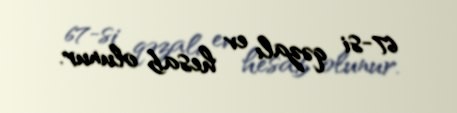
67-si qəzalı ev hesab olunur.